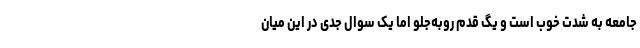
جامعه به شدت خوب است و یگ قدم روبه‌جلو اما یک سوال جدی در این میان